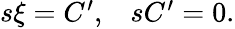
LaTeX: \begin{array}{ll}{{s\xi=C^{\prime},}}&{{sC^{\prime}=0.}}\end{array}